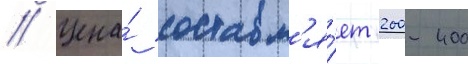
// Цена́ составл'я́ет 200-400